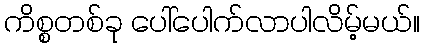
ကိစ္စတစ်ခု ပေါ်ပေါက်လာပါလိမ့်မယ်။